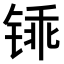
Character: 𫟽